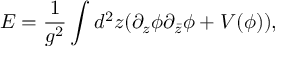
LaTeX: E = \frac { 1 } { g ^ { 2 } } \int d ^ { 2 } z ( \partial _ { z } \phi \partial _ { \bar { z } } \phi + V ( \phi ) ) ,